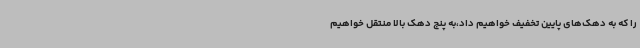
را که به دهک‌های پایین تخفیف خواهیم داد،به پنج دهک بالا منتقل خواهیم